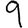
Digit: 9